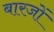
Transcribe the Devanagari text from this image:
बारजों